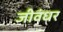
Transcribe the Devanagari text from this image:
जीवंधर